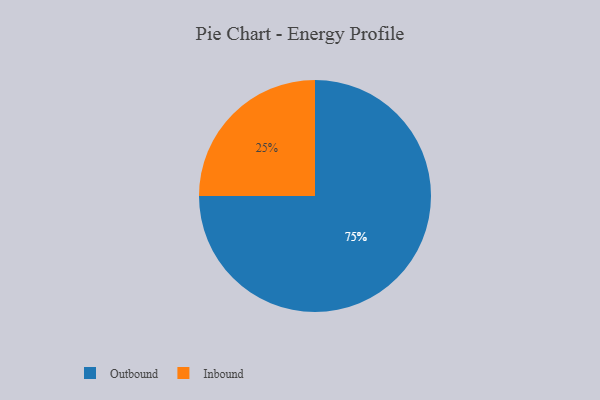
{"axis": {"x": "Category", "y": "Percentage"}, "legend": ["Inbound", "Outbound"], "data": [{"x": "Inbound", "y": 25, "type": "Inbound"}, {"x": "Outbound", "y": 75, "type": "Outbound"}]}